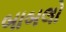
બાબલો